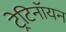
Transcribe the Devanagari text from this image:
ट्रेटिनॉयन